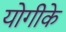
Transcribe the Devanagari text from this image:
योगीके